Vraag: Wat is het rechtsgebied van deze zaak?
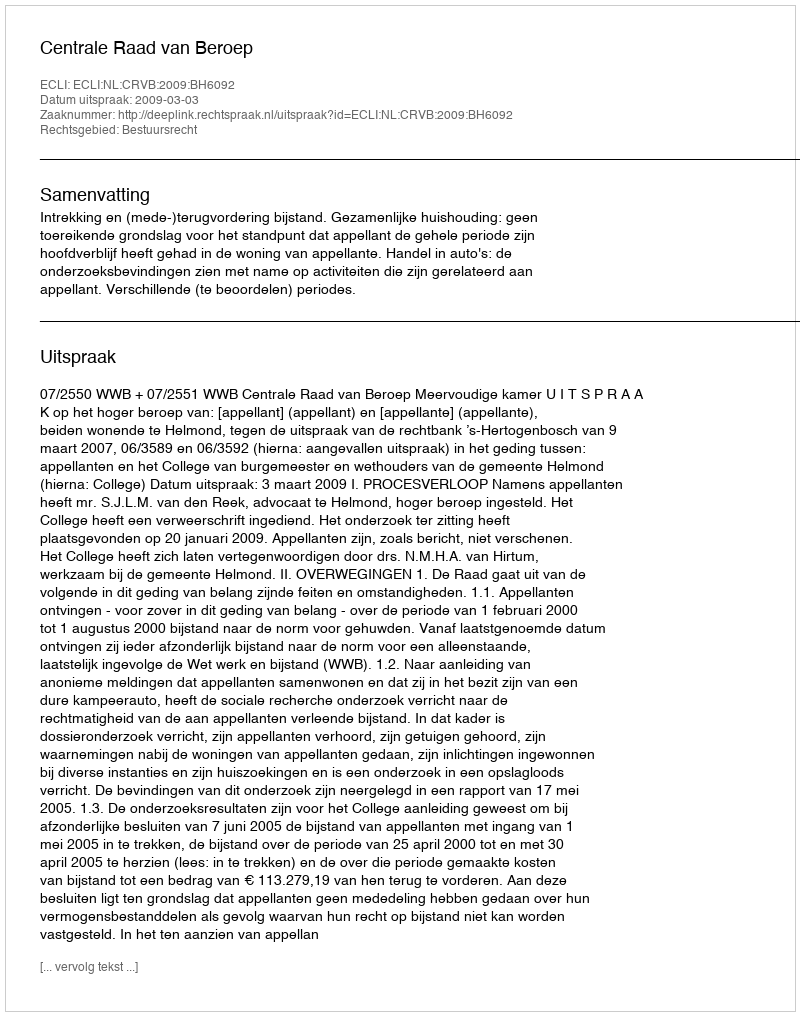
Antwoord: Bestuursrecht